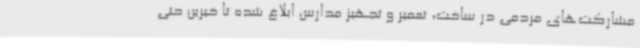
مشارکت‌های مردمی در ساخت، تعمیر و تجهیز مدارس ابلاغ شده تا خیرین حتی